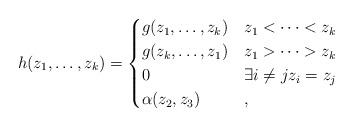
LaTeX: \begin{align*}h(z_1,\dots,z_k)=\begin{cases}g(z_1,\dots,z_k) & z_1<\dots<z_k\\g(z_k,\dots,z_1) & z_1>\dots>z_k\\0 & \exists i\neq jz_i=z_j\\\alpha(z_2,z_3) & ,\end{cases}\end{align*}